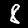
Digit: 8